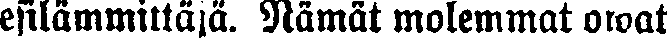
esilämmittäjä. Nämät molemmat owat